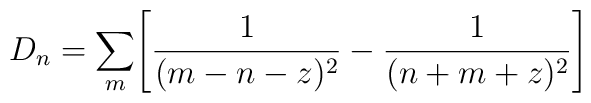
D_n = \sum _m \Biggl [{1 \over (m - n - z)^2 } - { 1 \over (n +m + z )^2} \Biggr ]